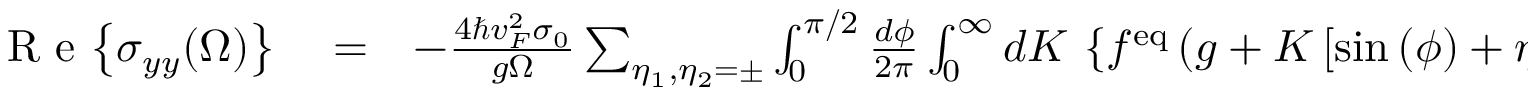
\begin{array} { r l r } { \mathrm { ~ R ~ e ~ } { \left\{ \sigma _ { y y } ( \Omega ) \right\} } } & { { } = } & { - \frac { 4 \hbar v _ { F } ^ { 2 } \sigma _ { 0 } } { g \Omega } \sum _ { \eta _ { 1 } , \eta _ { 2 } = \pm } \int _ { 0 } ^ { \pi / 2 } \frac { d \phi } { 2 \pi } \int _ { 0 } ^ { \infty } d K \, \left\{ f ^ { \mathrm { e q } } \left( g + K \left[ \sin { ( \phi ) } + \eta _ { 1 } \right] \right) - f ^ { \mathrm { e q } } \left( g + K \left[ \sin { ( \phi ) } + \eta _ { 1 } \right] - \hbar \Omega \right) \right\} } \end{array}